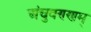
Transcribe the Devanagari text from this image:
अंचुवण्णम्